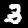
Label: 3